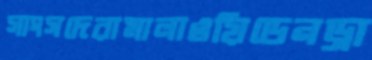
সাংসদেরামালাওয়িডেনড্রা